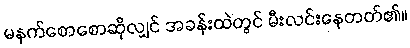
မနက်စောစောဆိုလျှင် အခန်းထဲတွင် မီးလင်းနေတတ်၏။